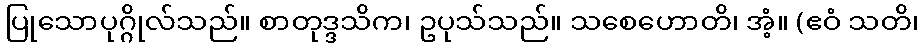
ပြုသောပုဂ္ဂိုလ်သည်။ စာတုဒ္ဒသိက၊ ဥပုသ်သည်။ သစေဟောတိ၊ အံ့။ (ဧဝံ သတိ၊